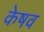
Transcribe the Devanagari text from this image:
केषव